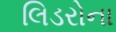
લિડરોના